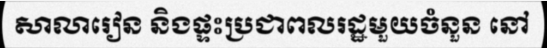
សាលារៀន និងផ្ទះប្រជាពលរដ្ឋមួយចំនួន នៅ